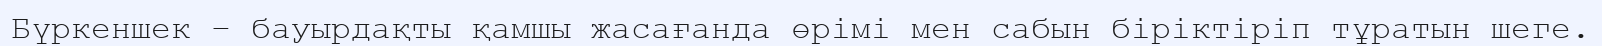
Бүркеншек – бауырдақты қамшы жасағанда өрімі мен сабын біріктіріп тұратын шеге.